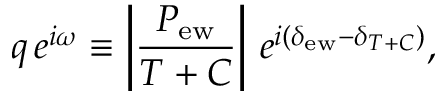
q \, e ^ { i \omega } \equiv \left| \frac { P _ { \mathrm { e w } } } { T + C } \right| \, e ^ { i ( \delta _ { \mathrm { e w } } - \delta _ { T + C } ) } ,